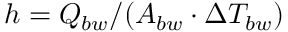
h = Q _ { b w } / ( A _ { b w } \cdot \Delta T _ { b w } )